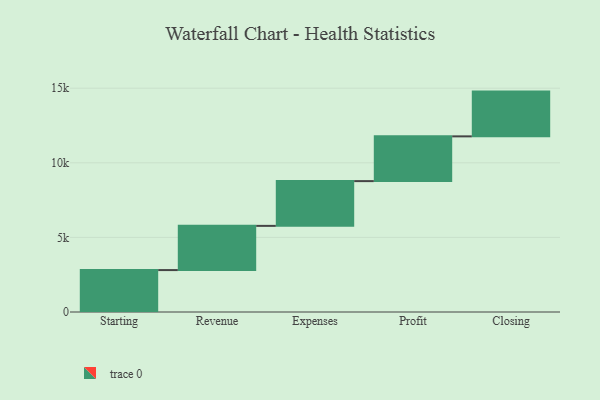
{"axis": {"x": "Step", "y": "Value"}, "legend": [""], "data": [{"x": "Starting", "y": 2810.0, "type": ""}, {"x": "Revenue", "y": 2963.0, "type": ""}, {"x": "Expenses", "y": 3000, "type": ""}, {"x": "Profit", "y": 3000, "type": ""}, {"x": "Closing", "y": 3000, "type": ""}]}